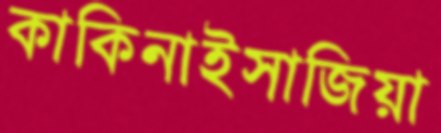
কাকিনাইসাজিয়া